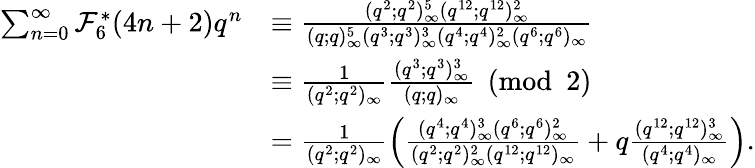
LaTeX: \begin{array}{rl}{\sum_{n=0}^{\infty}\mathcal{F}_{6}^{*}(4n+2)q^{n}}&{\equiv\frac{(q^{2};q^{2})_{\infty}^{5}(q^{12};q^{12})_{\infty}^{2}}{(q;q)_{\infty}^{5}(q^{3};q^{3})_{\infty}^{3}(q^{4};q^{4})_{\infty}^{2}(q^{6};q^{6})_{\infty}}}\\ &{\equiv\frac{1}{(q^{2};q^{2})_{\infty}}\frac{(q^{3};q^{3})_{\infty}^{3}}{(q;q)_{\infty}}\pmod 2}\\ &{=\frac{1}{(q^{2};q^{2})_{\infty}}\left(\frac{(q^{4};q^{4})_{\infty}^{3}(q^{6};q^{6})_{\infty}^{2}}{(q^{2};q^{2})_{\infty}^{2}(q^{12};q^{12})_{\infty}}+q\frac{(q^{12};q^{12})_{\infty}^{3}}{(q^{4};q^{4})_{\infty}}\right).}\end{array}